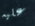
عليه